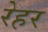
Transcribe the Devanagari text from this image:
रेहर